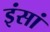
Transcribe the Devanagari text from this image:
इंसां